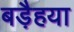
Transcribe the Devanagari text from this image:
बड़ैहया